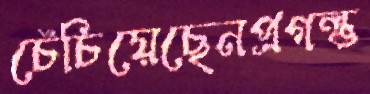
চেঁচিয়েছেনপ্রগল্‌ভ